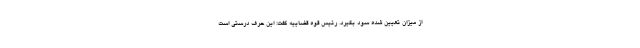
از میزان تعیین شده سود بگیرد. رئیس قوه قضاییه گفت: این حرف درستی است